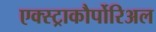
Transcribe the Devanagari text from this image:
एक्स्ट्राकौर्पोरिअल